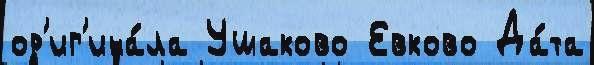
ор'иг'ина́ла Ушаково Евково Да́та